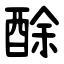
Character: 酴